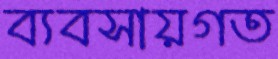
ব্যবসায়গত